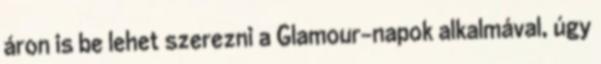
áron is be lehet szerezni a Glamour-napok alkalmával, úgy